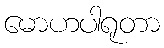
မောဟပါရုတာ